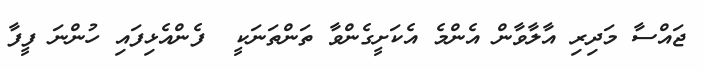
ޖައްސާ މަދިރި އާލާވާން އެންމެ އެކަށީގެންވާ ތަންތަނަކީ  ފެންއެޅިފައި ހުންނަ ފީފާ